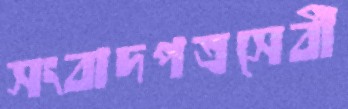
সংবাদপত্রসেবী